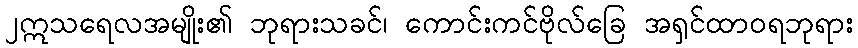
၂ဣသရေလအမျိုး၏ ဘုရားသခင်၊ ကောင်းကင်ဗိုလ်ခြေ အရှင်ထာဝရဘုရား